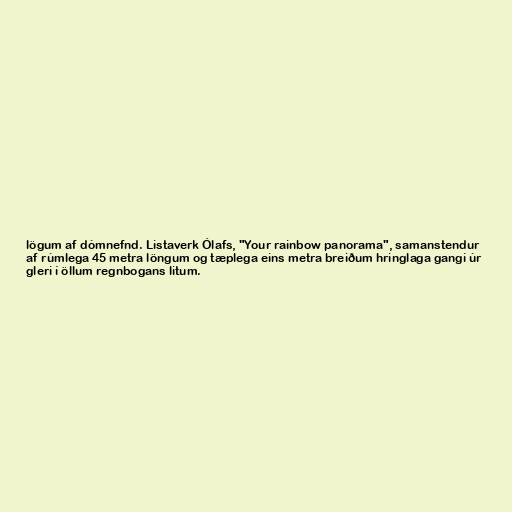
lögum af dómnefnd. Listaverk Ólafs, "Your rainbow panorama", samanstendur
af rúmlega 45 metra löngum og tæplega eins metra breiðum hringlaga gangi úr
gleri í öllum regnbogans litum.